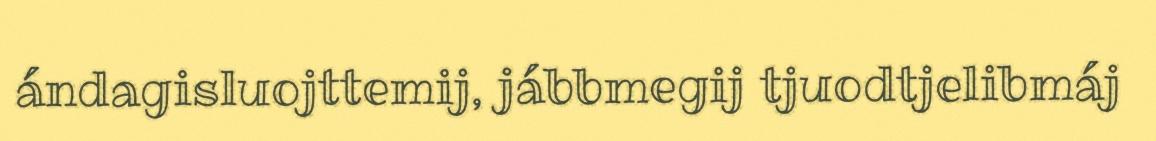
ándagisluojttemij, jábbmegij tjuodtjelibmáj